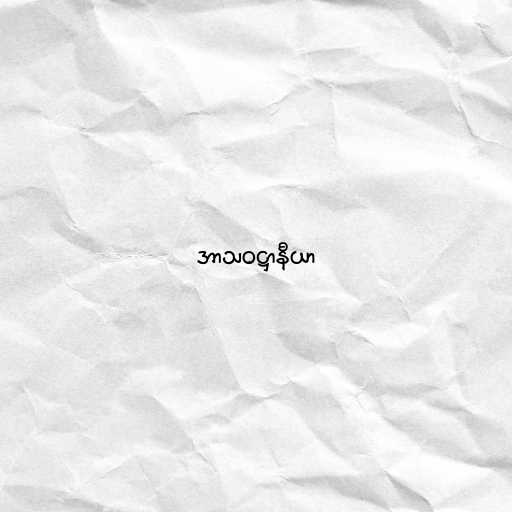
အာသဝဋ္ဌာနီယာ